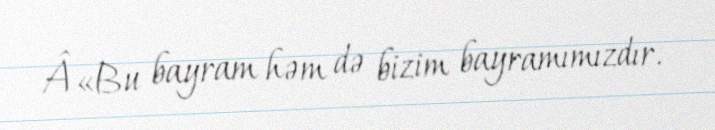
Â«Bu bayram həm də bizim bayramımızdır.